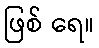
ဖြစ် ရေ။